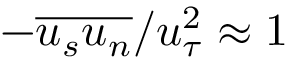
- \overline { { u _ { s } u _ { n } } } / u _ { \tau } ^ { 2 } \approx 1